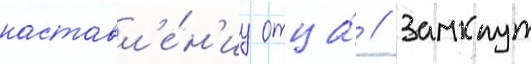
наставл'е́н'иу отца́ // Замкнут